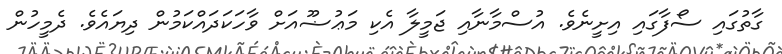
ގާތުގައި ސޯފާގައި އިށީނެވެ. އުސްމާނާއި ޖަމީލާ އެކި މަޢުޟޫއަށް ވާހަކަދައްކަމުން ދިޔައެވެ. ދެމީހުން